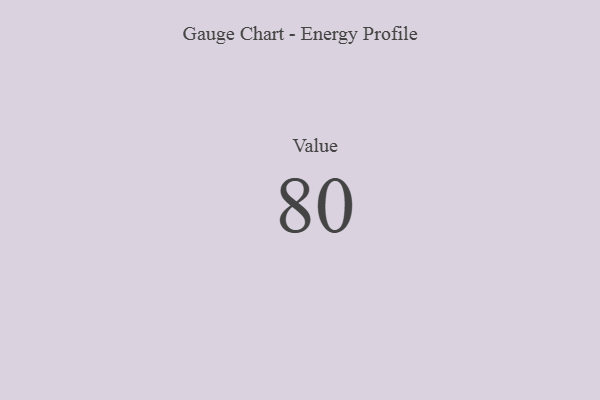
{"axis": {"x": "Metric", "y": "Value"}, "legend": [""], "data": [{"x": "Value", "y": 80, "type": ""}]}